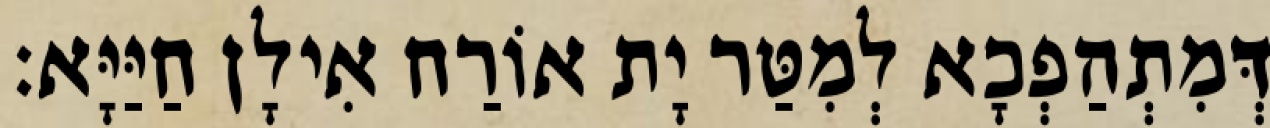
דְּמִתְהַפְכָא לְמִטַּר יָת אוֹרַח אִילָן חַיַּיָּא׃